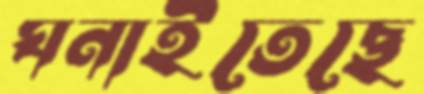
ঘনাইতেছে